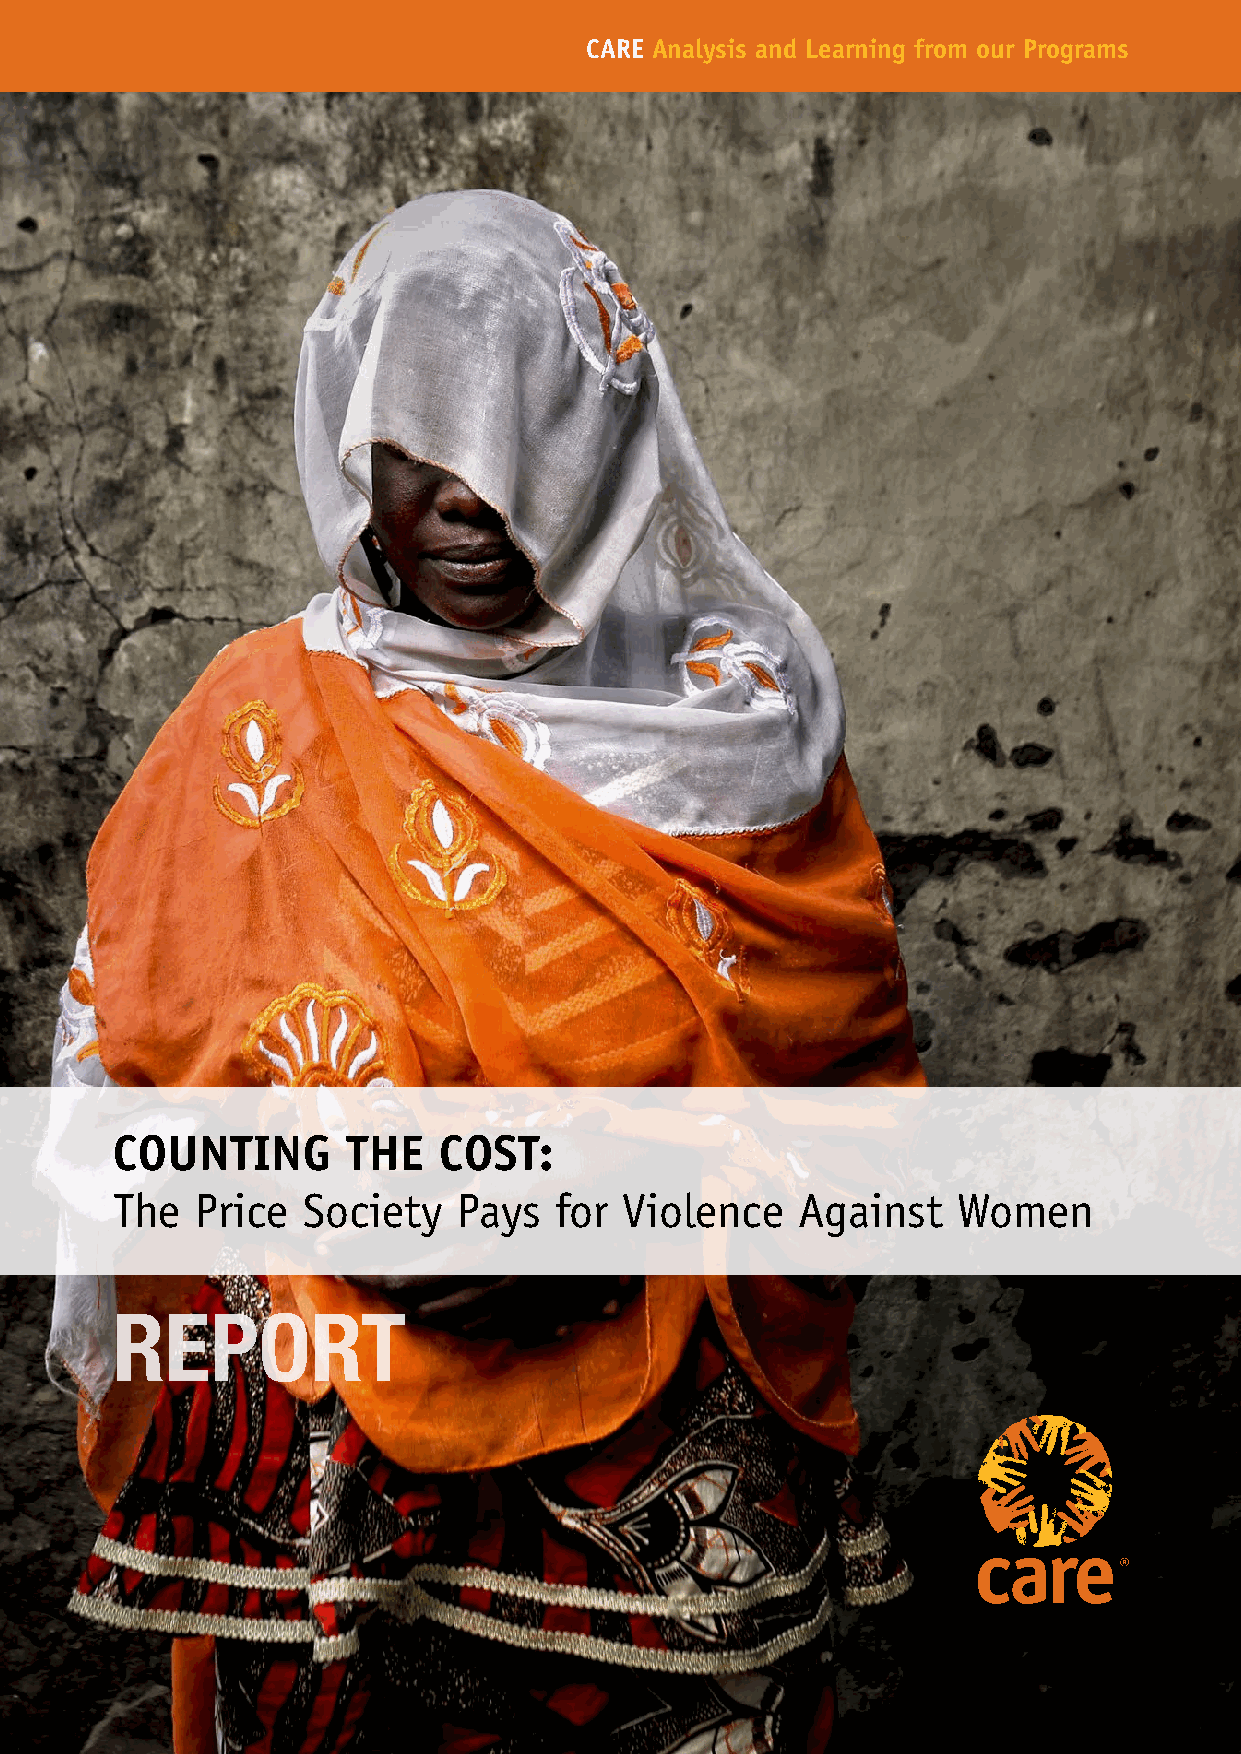
CARE Analysis and Learning from our Programs
 COUNTING        THE   COST:
 The   Price  Society   Pays   for Violence    Against   Women
 REPORT